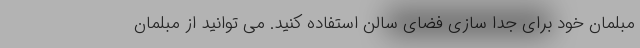
مبلمان خود برای جدا سازی فضای سالن استفاده کنید. می توانید از مبلمان